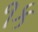
૧ક